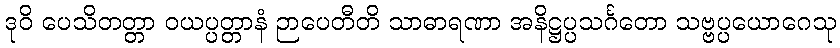
ဒုဝိ ပေသိတတ္တာ ဝယပ္ပတ္တာနံ ဉာပေတီတိ သာဓာရဏာ အနိဋ္ဌပ္ပသင်္ဂတော သဗ္ဗပ္ပယောဂေသု